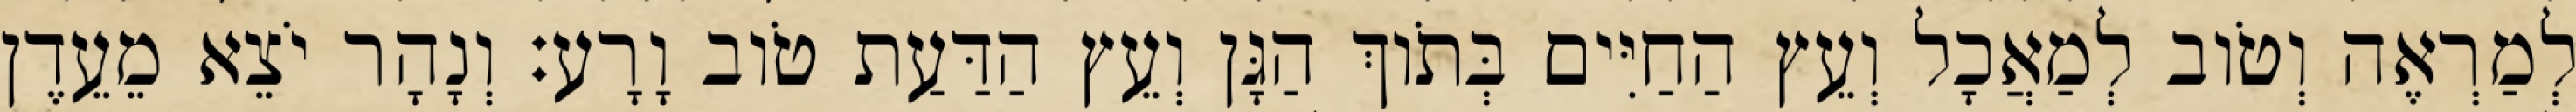
לְמַרְאֶה וְטֹוב לְמַאֲכָל וְעֵץ הַחַיִּים בְּתֹוךְ הַגָּן וְעֵץ הַדַּעַת טֹוב וָרָע׃ וְנָהָר יֹצֵא מֵעֵדֶן